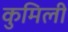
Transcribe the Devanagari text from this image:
कुमिली